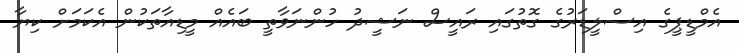
އެމްޑީޕީގެ އިސްލީޑަރުގެ ގޮތުގައި ރައީސް ނަޝީދު ހުންނަވާތީ ބައެއް މީޑިއާތަކުން އެކަމަށް ކިޔާ